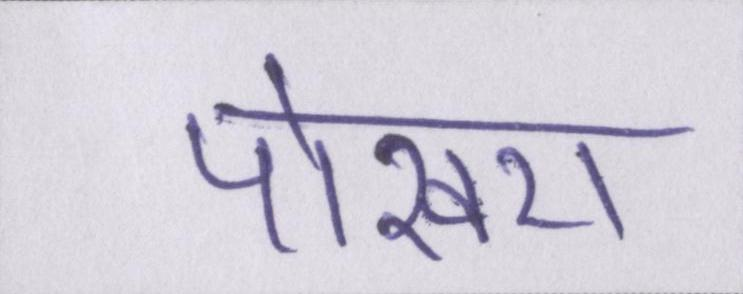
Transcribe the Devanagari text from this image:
पोखरा